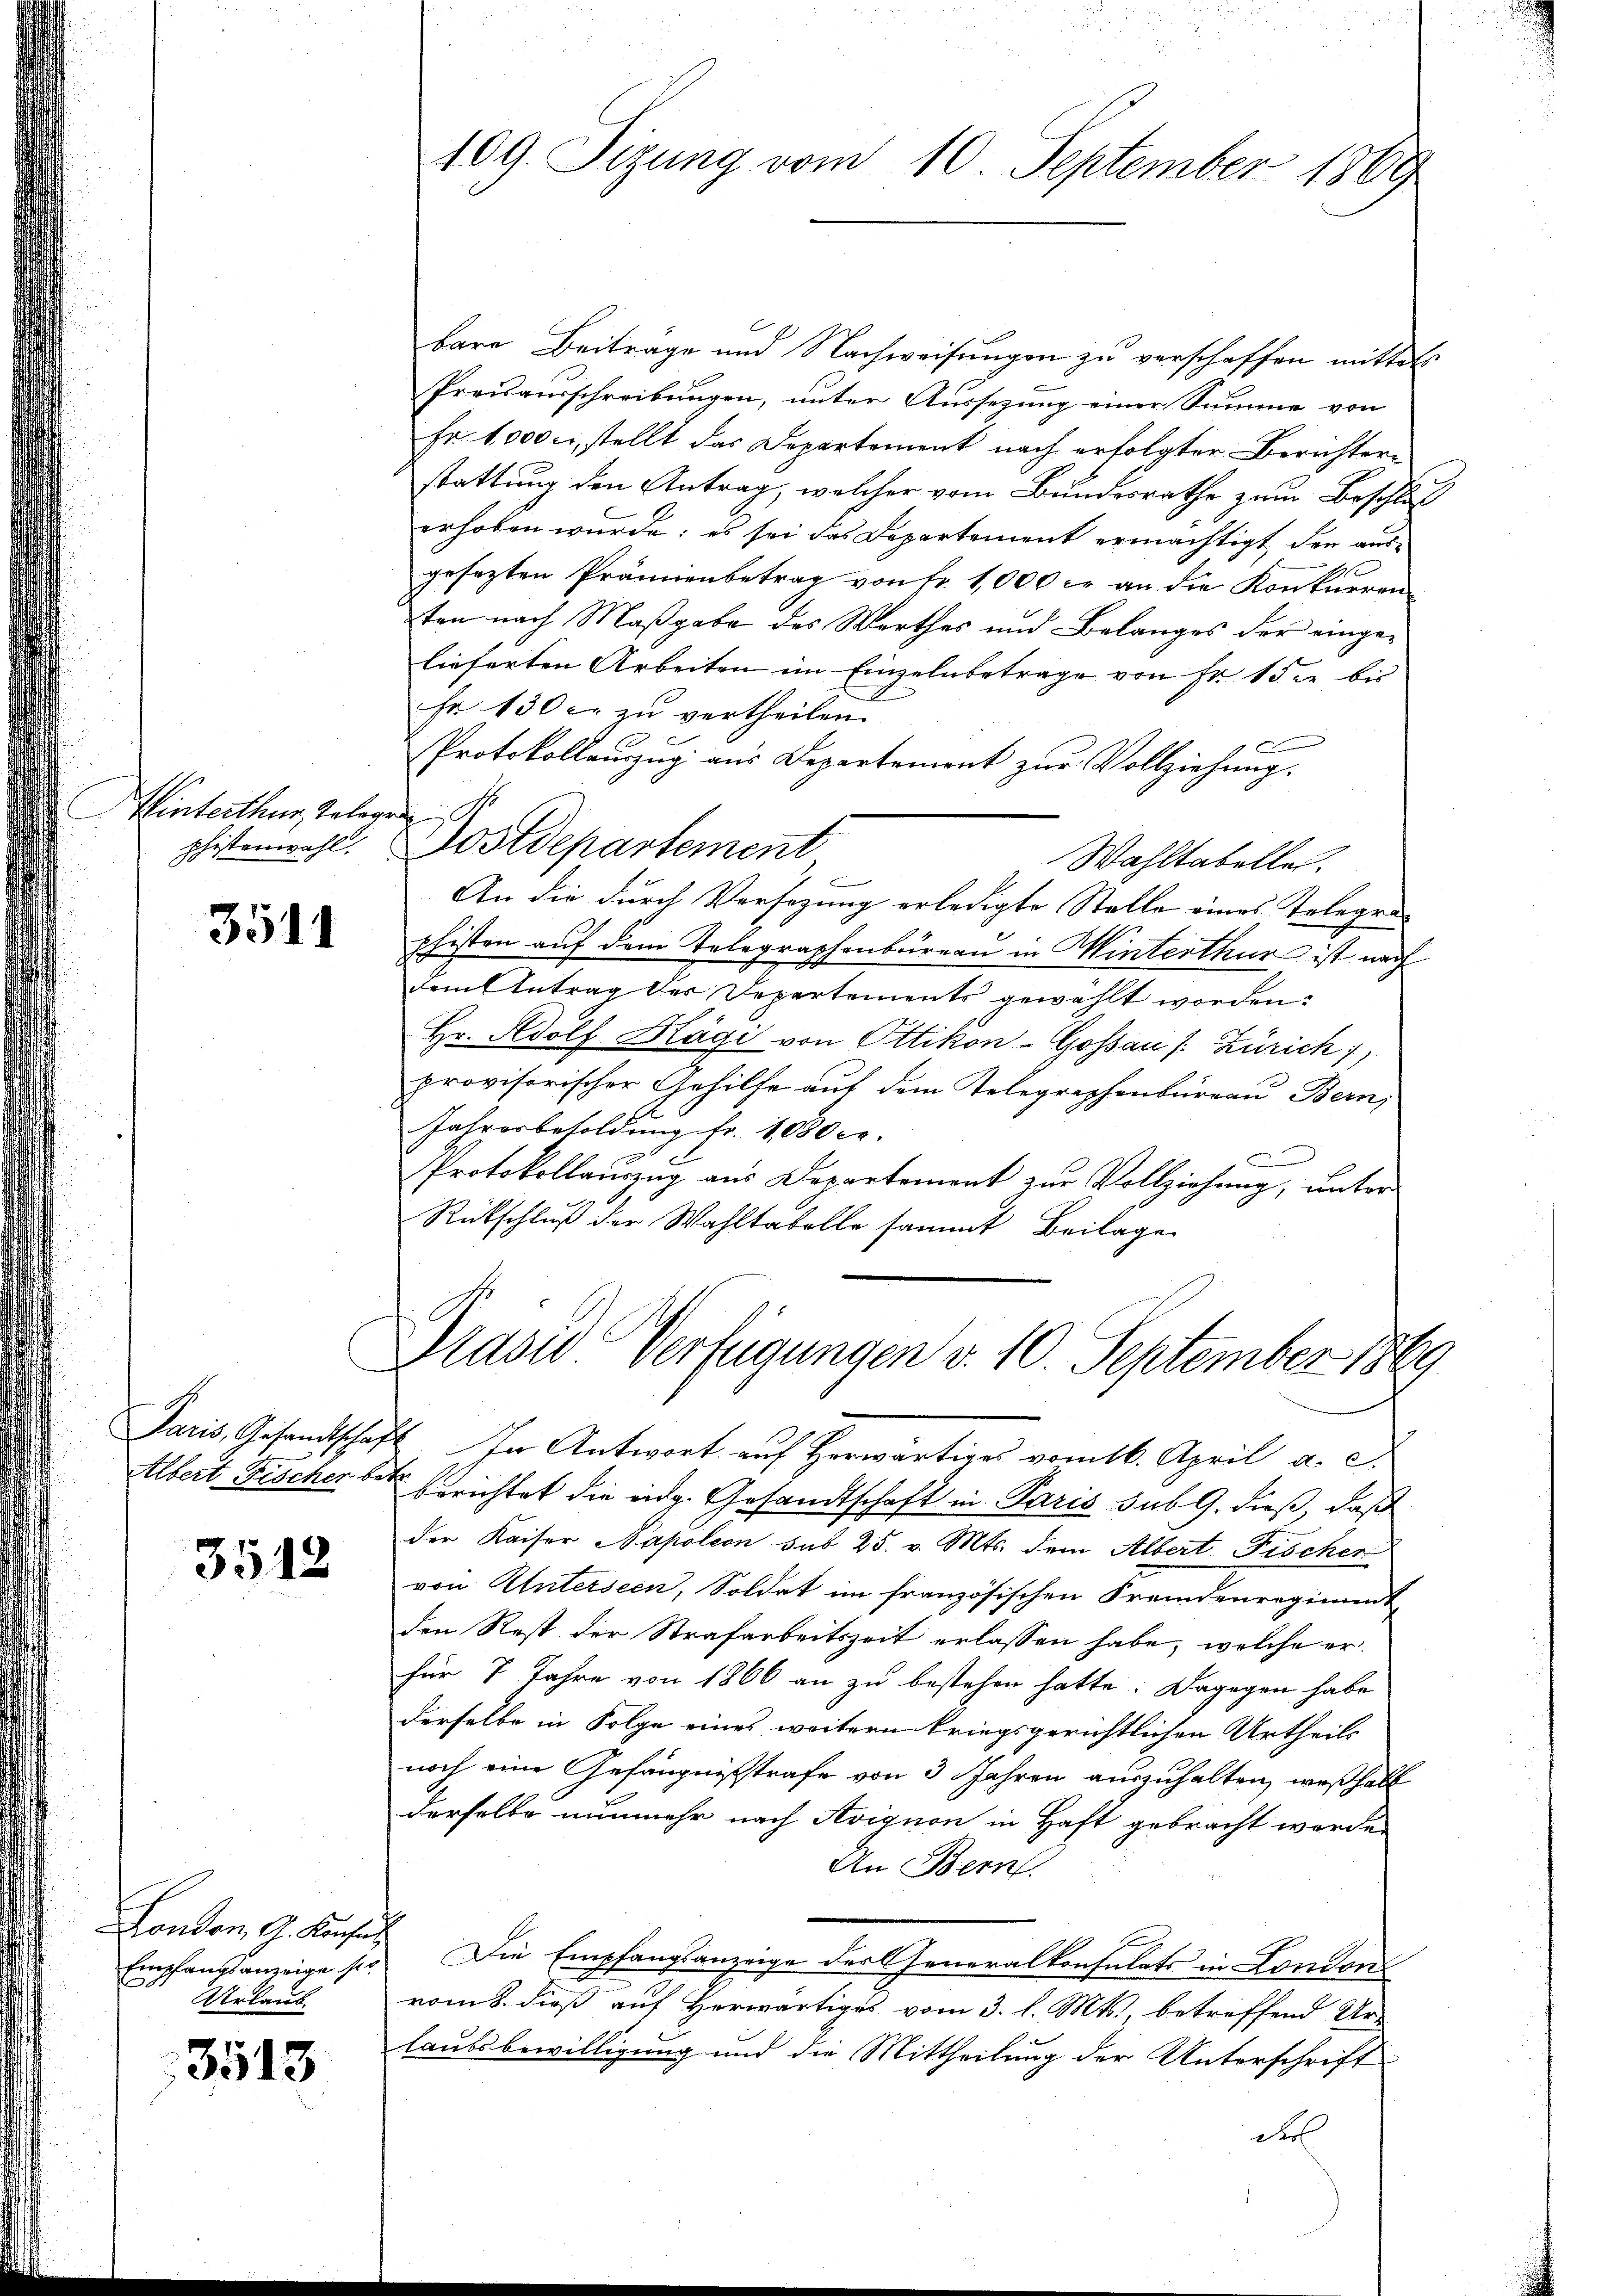
Hinterthur belegen
phistenwahl.

3511

1

3512

Empfangsanzeige ser
Urlaub

3513

109 Sizung vom 10. September 1889

bare Beiträge und Nachweisungen zu verschaffen mittels
Preisausschreibungen, unter Aussezung einer Summe von
Er 1,000 c., stellt das Departement nach erfolgter Berichterstattung den Antrag, welcher vom Bundesrathe zum Beschluß
erhoben wurde; es sei das Departemont ermächtigt der ausgesezten Prämienbetrag von Fr. 1,000 c. an die Konkurren
ten nach Maßgabe des Worthes und Belanges der eingelieferten Arbeiten im Einzelnbetrage von Fr. 1 die bis
sr 130 c. zu vertheilen.
Protokollaŭszŭg ans Departement zŭr Vollziehŭng.
Postdepartement
Wahltabellen.
An die durch Versezung erledigte Stelle eines Telegraphisten auf dem Telegraphenbureau in Winterthur ist nach
dem Antrag der Departements gewählt worden:
Hr. Adolf Hägi von Ottikon-Gossau /: Zürich,
provisorischer Gehilfe auf dem Telegraphenbureau Bern,
Jahresbesoldung fr. 1000 Fr.
C
Protokollaŭszŭg ans Departement zŭr Vollziehŭng ŭnter
Rückschluß der Wahltabelle sammt Beilage

Prasio Verfügungen v. 10. September 1889

Paris, Gesandtschaft. In Antwort auf herwärtiges vom 16. April a. c.
Albert Fischer betr. Berichtet die eidg. Gesandtschaft in Paris sub 9. dieß, daß
der Kaiser Napoleon sub 25. v. Mts. dem Albert Fischer
von Unterseen, Soldat im französischen Fremdenreginnt
den Rest der Strafarbeitszeit erlassen habe, welche er
für 7 Jahre von 1866 an zu bestehen hatte. Dagegen habe
derselbe in Folge eines weitern kriegsgerichtlichen Urtheils
noch eine Gefängnißstrafe von 3 Jahren auszuhalten, weßhalb
derselbe nunmehr nach Avignon in Haft gebracht werden
An Bern.
London, G. Konses. Die Empfanglanzeige der Generalkonsulats in London
vom 5. dieß auf Herwärtiges vom 3. l. Mts. betreffend Ur-
laubsbewilligung und die Mittheilung der Unterschrift
Fel